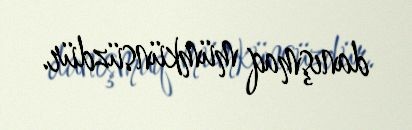
danışmaq mümkünsüzdür.